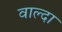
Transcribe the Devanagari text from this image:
वाल्दा